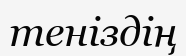
теніздің